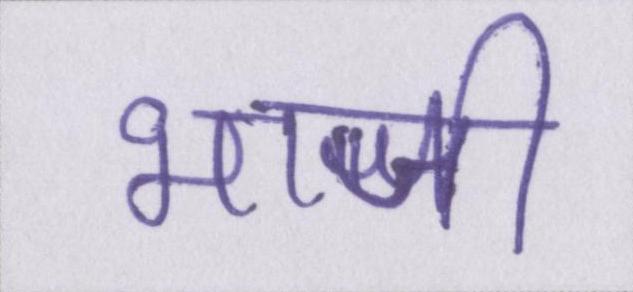
भाजी